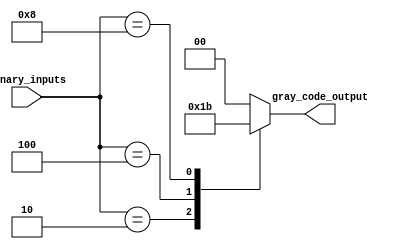
module gray_code_priority_encoder (
    input [3:0] binary_inputs,
    output reg [1:0] gray_code_output
);

always @ (*) begin
    case (binary_inputs)
        4'b0001: gray_code_output = 2'b00; // Highest priority input with binary value 0001
        4'b0010: gray_code_output = 2'b01; // Second highest priority input with binary value 0010
        4'b0100: gray_code_output = 2'b10; // Third highest priority input with binary value 0100
        4'b1000: gray_code_output = 2'b11; // Lowest priority input with binary value 1000
        default: gray_code_output = 2'b00; // Default output for all other inputs
    endcase
end

endmodule